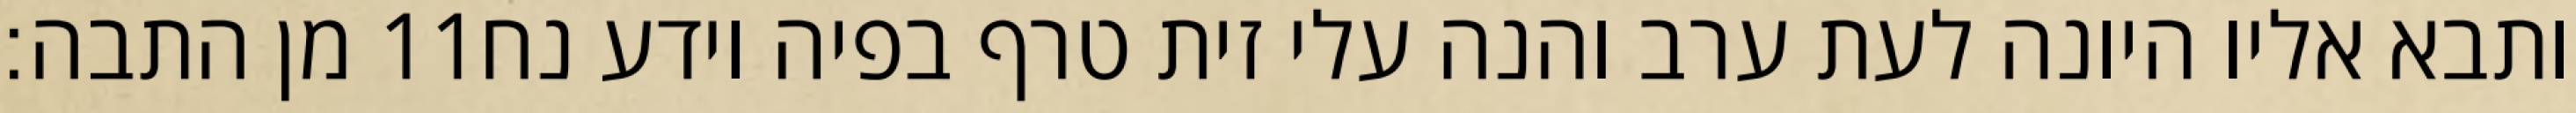
מן התבה׃ ‎11‏ ותבא אליו היונה לעת ערב והנה עלי זית טרף בפיה וידע נח